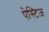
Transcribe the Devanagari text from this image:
पेस्टिज